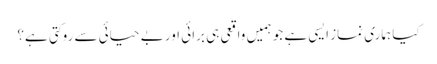
کیا ہماری نماز ایسی ہے جو ہمیں واقعی ہی برائی اور بے حیائی سے روکتی ہے؟